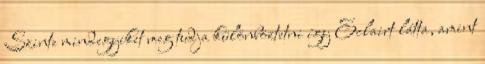
Szinte mindegyiket meg tudja különböztetni így Eclairt látta, amint